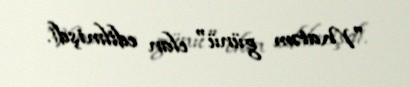
"Matəm günü" elan edilmişdi.